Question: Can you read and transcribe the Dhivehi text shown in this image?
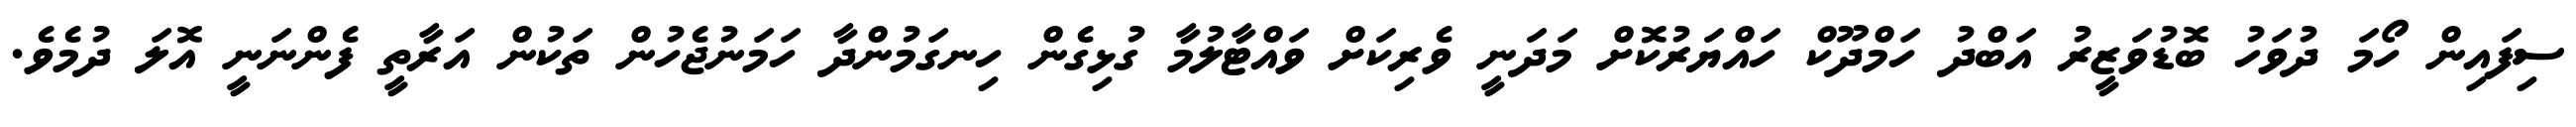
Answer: ސިފައިން ހޯމަ ދުވަހު ބޮޑުވަޒީރު އަބްދު ހަމްދޫކް ހައްޔަރުކޮށް މަދަނީ ވެރިކަށް ވައްޓާލުމާ ގުޅިގެން ހިނގަމުންދާ ހަމަނުޖެހުން ތަކުން އަރާތީ ފެންނަނީ އޮލަ ދުމެވެ.